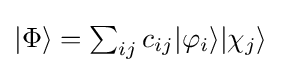
{\textstyle |\Phi \rangle =\sum _{ij}c_{ij}|\varphi _{i}\rangle |\chi _{j}\rangle }